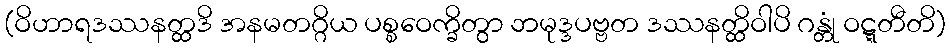
(ဝိဟာရဒဿနတ္ထဒိ အနမတဂ္ဂိယ ပစ္စဝေက္ခိတွာ ဘမုဒ္ဒပဗ္ဗတ ဒဿနတ္ထိဝါပိ ဂန္တုံ ဝဋ္ဋတီတိ)